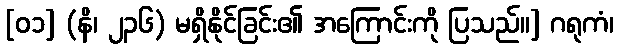
[၀၁] (နိ၊ ၂၃၆) မရှိနိုင်ခြင်း၏ အကြောင်းကို ပြသည်။] ဂရုကံ၊